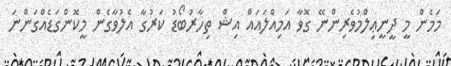
މަމެން މީ ދީނީޢިލްމުވެރިންނޭ ގޮވާ އަމިއްލައައް އިޝް ތިހާރުބޯޑު ކަރުގާ އެލުވާގެން މީކޮންގަޑެއްގަންނަ